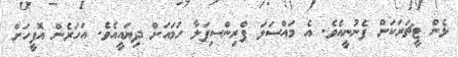
ޅެން ޓީޗަރަކަށް ފެނުނީއެވެ. އެ މައްސަލަ ޕްރިންސިޕަލާ ހަމައަށް ދިޔައީއެވެ. އަހަރެން އޮފީހަށް